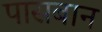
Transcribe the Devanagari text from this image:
पासबान